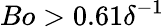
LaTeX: Bo>0.61\delta^{-1}